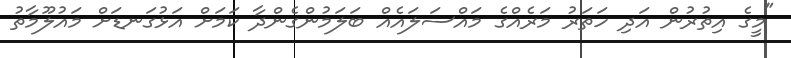
"މީގެ އިތުރުން އަދި ހަތަރު މަރެއްގެ މައްސަލައެއް ބަލަމުންގެންދާ ކަމަށް އަޅުގަނޑަށް މައުލޫމާތު